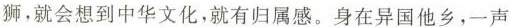
狮，就会想到中华文化，就有归属感。身在异国他乡，一声